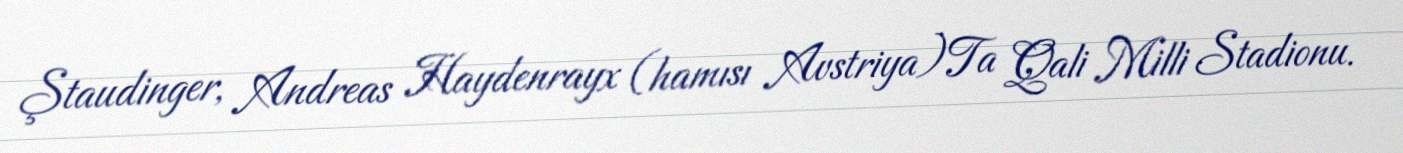
Ştaudinger, Andreas Haydenrayx (hamısı Avstriya)Ta Qali Milli Stadionu.